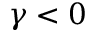
\gamma < 0